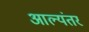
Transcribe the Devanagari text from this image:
आल्यंतर